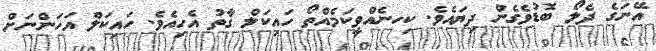
އޭނަގެ ދެލޯ ބޮޑުވެގެން ދިޔައެވެ. ކިހނެއްވީކަމެއްތޯ ހައިކަލް ގާތު އެހިއެވެ. ހައިކަލް އަހަންނަށް